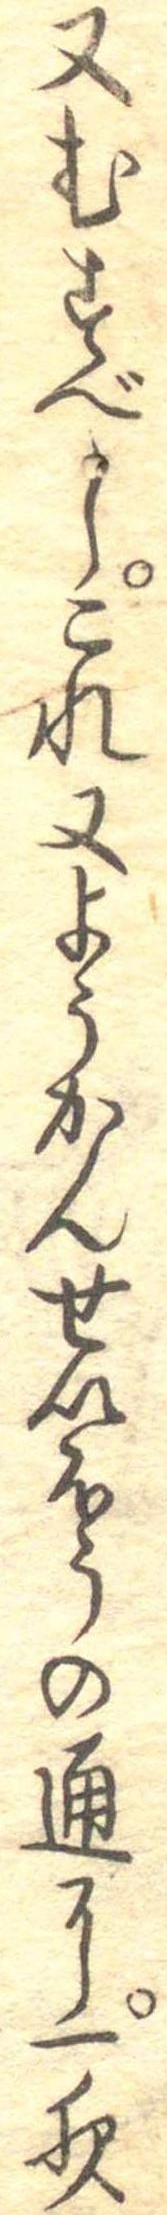
又むすべしこれ又ようかんせいほうの通に一夜